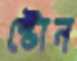
স্টোন